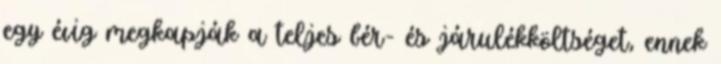
egy évig megkapják a teljes bér- és járulékköltséget, ennek